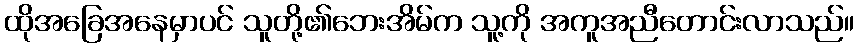
ထိုအခြေအနေမှာပင် သူတို့၏ဘေးအိမ်က သူ့ကို အကူအညီတောင်းလာသည်။